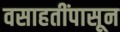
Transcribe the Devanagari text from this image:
वसाहतींपासून